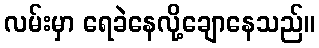
လမ်းမှာ ရေခဲနေလို့ချောနေသည်။